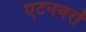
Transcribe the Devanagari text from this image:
एटनबरों